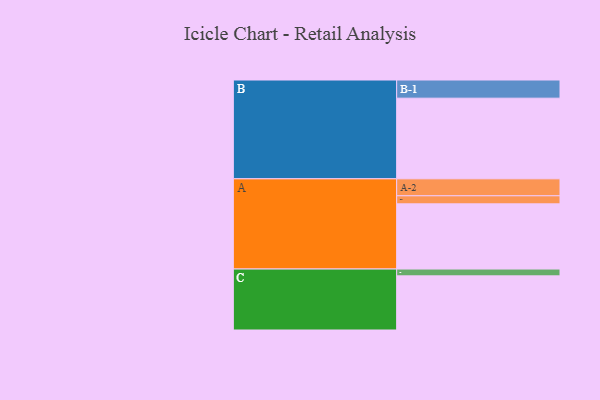
{"axis": {"x": "Segment", "y": "Value"}, "legend": ["", "A", "B", "C"], "data": [{"x": "A", "y": 477, "type": ""}, {"x": "B", "y": 590, "type": ""}, {"x": "C", "y": 396, "type": ""}, {"x": "A-1", "y": 59, "type": "A"}, {"x": "A-2", "y": 124, "type": "A"}, {"x": "B-1", "y": 133, "type": "B"}, {"x": "C-1", "y": 50, "type": "C"}]}